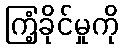
ကြံ့ခိုင်မှုကို